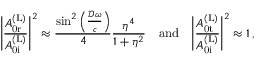
\Bigg | \frac { A _ { \mathrm { 0 r } } ^ { \mathrm { ( L ) } } } { A _ { \mathrm { 0 i } } ^ { \mathrm { ( L ) } } } \Bigg | ^ { 2 } \approx \frac { \sin ^ { 2 } \left( \frac { \mathcal { D } \omega } { c } \right) } { 4 } \frac { \eta ^ { 4 } } { 1 + \eta ^ { 2 } } \quad \mathrm { a n d } \quad \Bigg | \frac { A _ { \mathrm { 0 t } } ^ { \mathrm { ( L ) } } } { A _ { \mathrm { 0 i } } ^ { \mathrm { ( L ) } } } \Bigg | ^ { 2 } \approx 1 \, ,